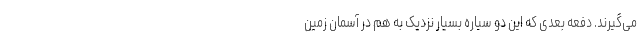
می‌گیرند. دفعه بعدی که این دو سیاره بسیار نزدیک به هم در آسمان زمین